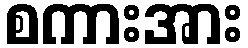
စကားအား